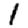
Digit: 1